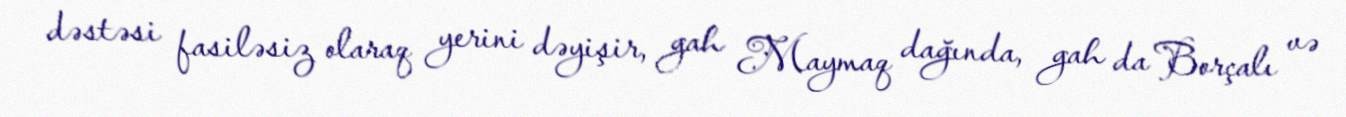
dəstəsi fasiləsiz olaraq yerini dəyişir, gah Maymaq dağında, gah da Borçalı və